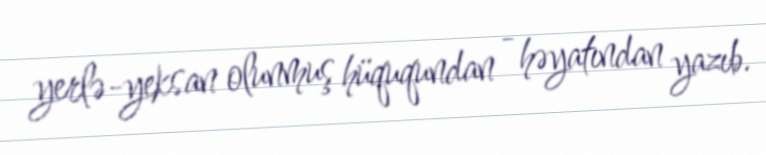
yerlə-yeksan olunmuş hüququndan - həyatından yazıb.